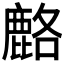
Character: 𫜍